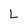
Character: L